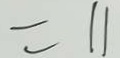
= 1 1